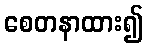
စေတနာထား၍